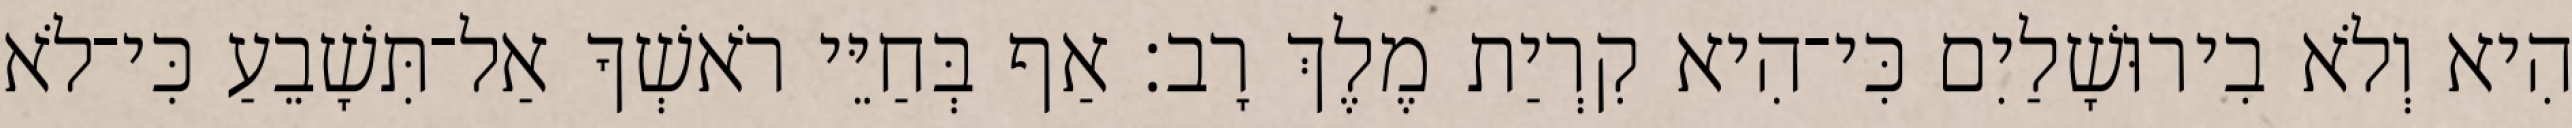
הִיא וְלֹא בִירוּשָׁלַיִם כִּי־הִיא קִרְיַת מֶלֶךְ רָב׃ אַף בְּחַיֵּי רֹאשְׁךָ אַל־תִּשָׁבֵעַ כִּי־לֹא